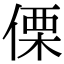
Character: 傈